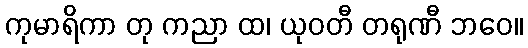
ကုမာရိကာ တု ကညာ ထ၊ ယုဝတီ တရုဏီ ဘဝေ။